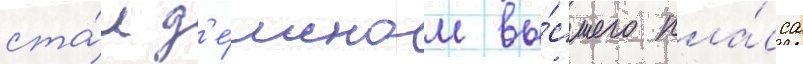
ста́л д'е́моном вы́сшего кла́сса